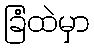
ခြံထဲမှာ